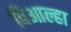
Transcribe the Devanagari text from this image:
बिआल्हा